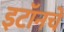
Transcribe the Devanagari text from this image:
इटॉनचे